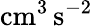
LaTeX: \mathrm{cm}^{3}\, \mathrm{s}^{-2}